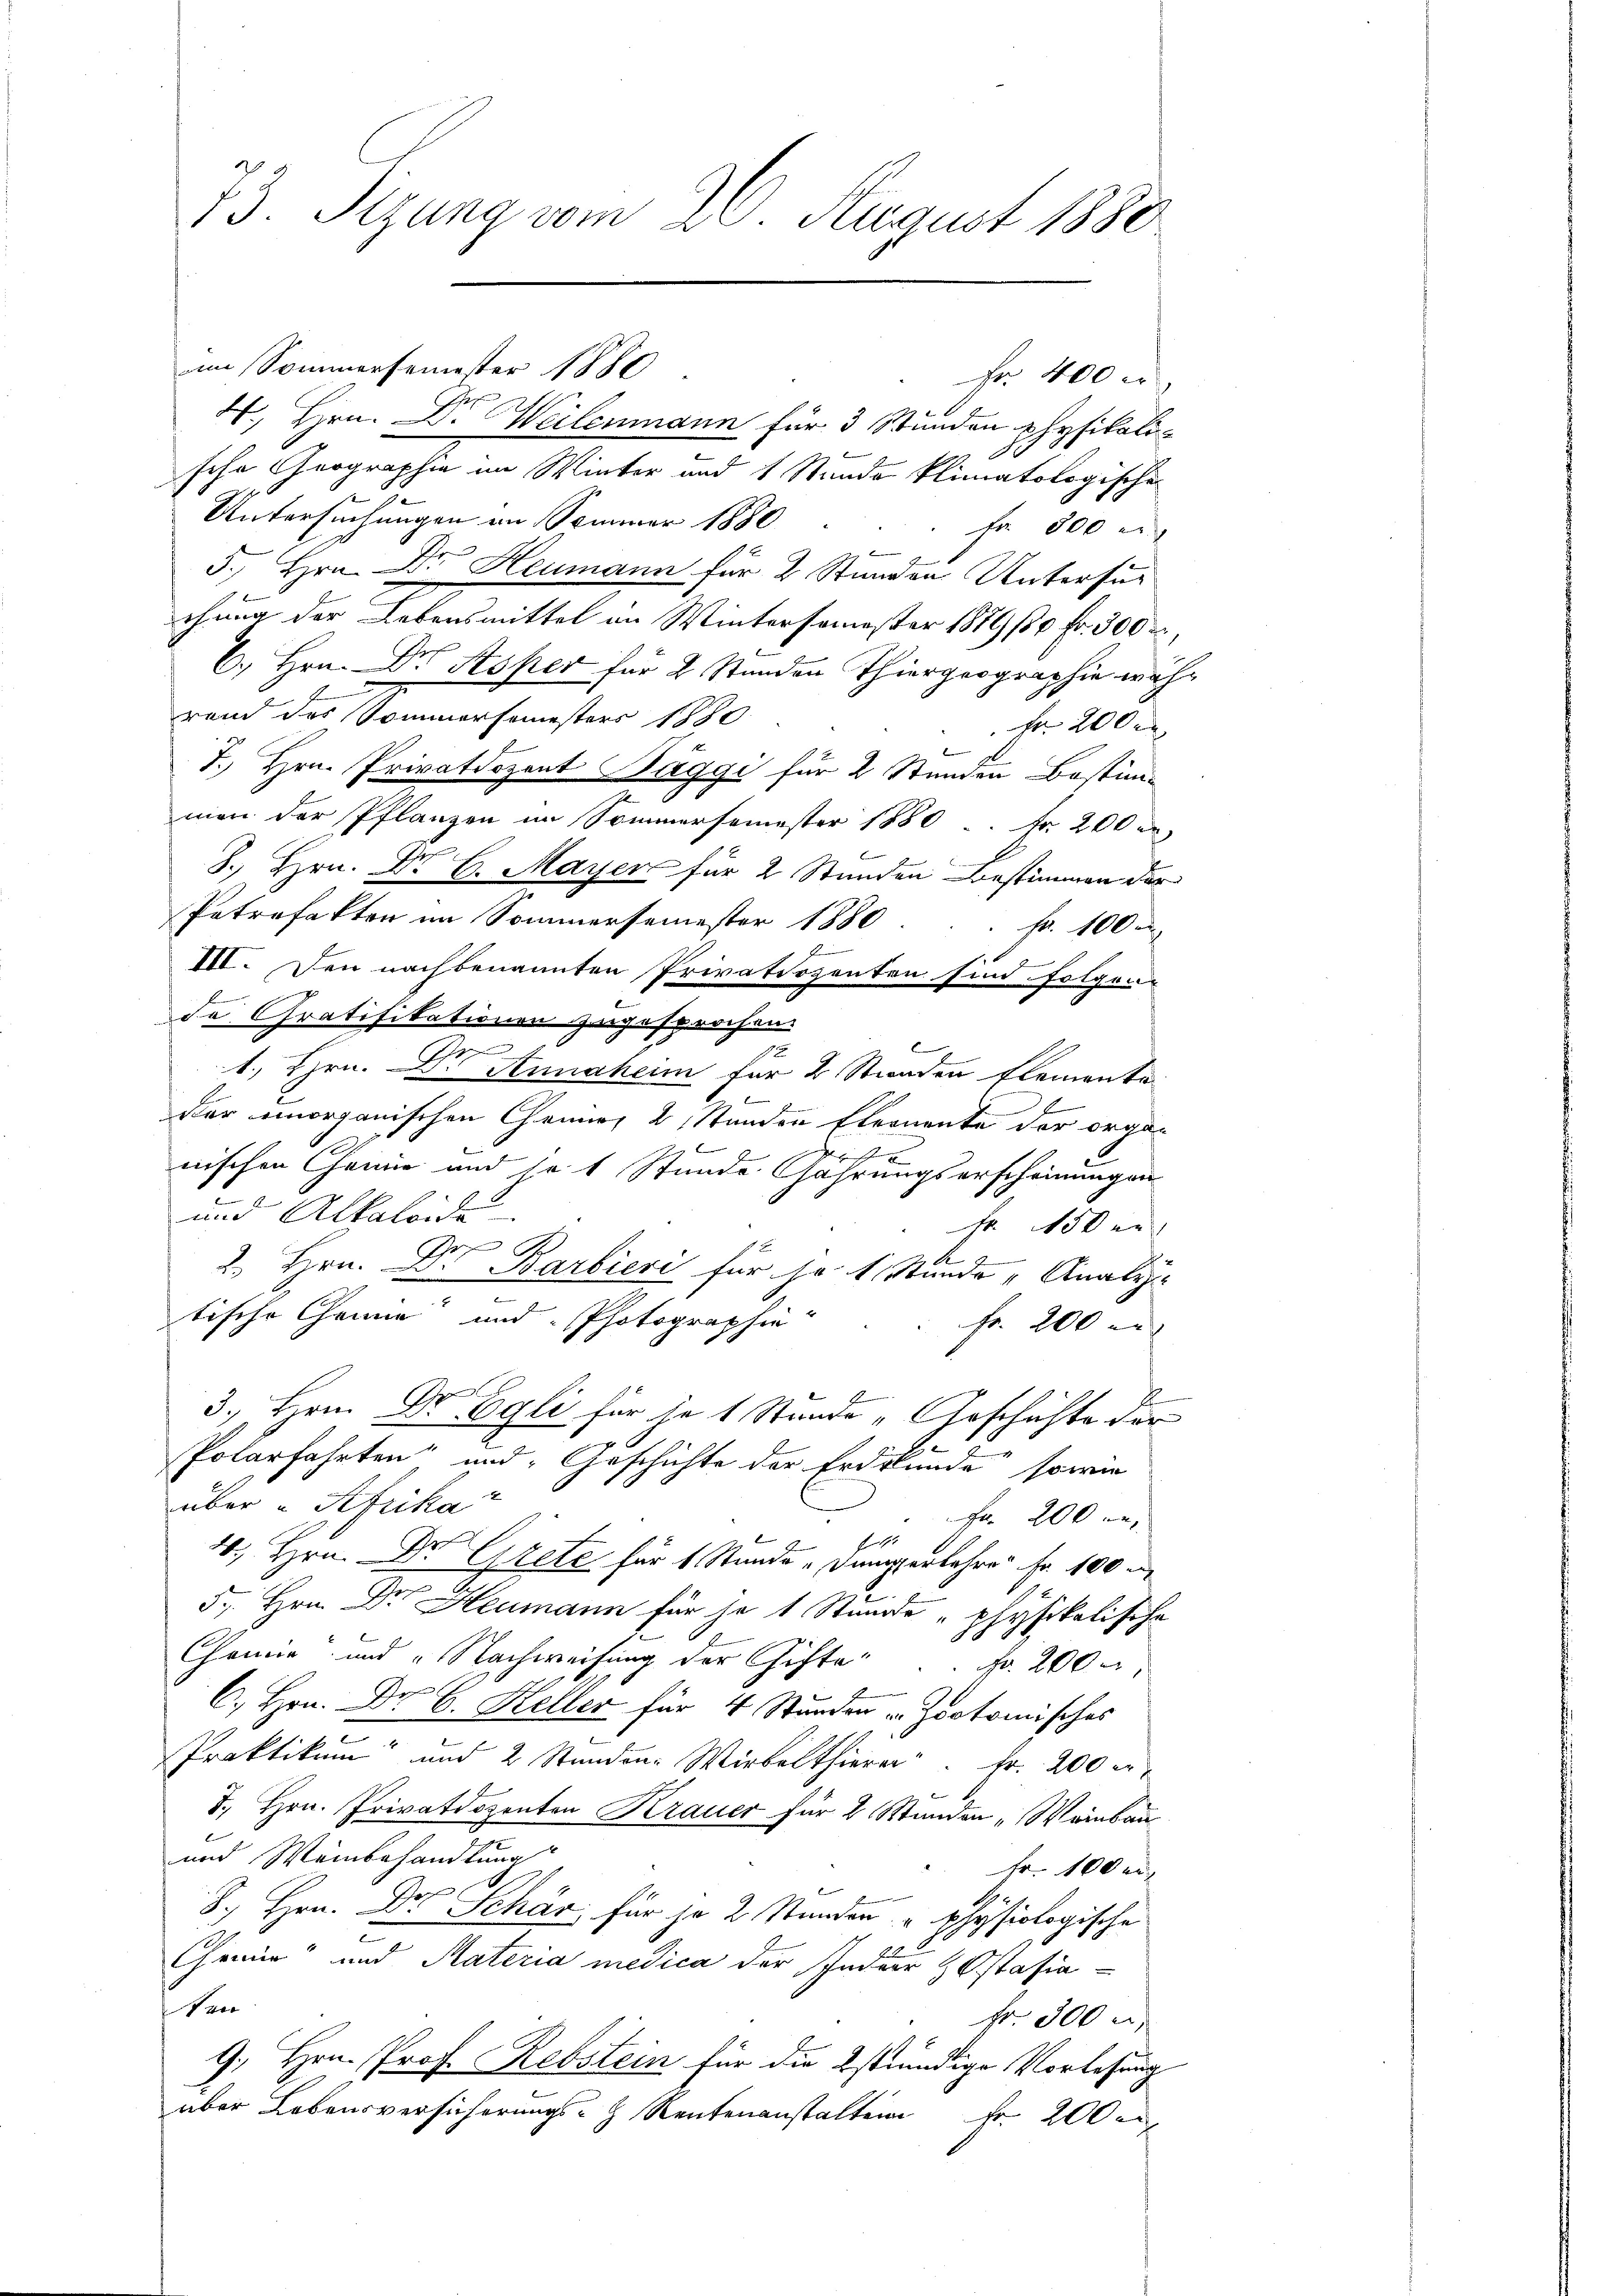
73. Sitzung vom 23. August 1880

Fr. 400 er
H., Hrn. Dr Weilenmann für 3 Stunden physikali¬

sche Geographie im Winter und 1 Stunde klimatologische

Untersuchungen im Sommer 1880
Fr. 500 er
5. Hrn. Dr. Heumann für 2 Stunden Untersuchung der Lebensmittel im Wintersemester 1879/50 fr. 300 r
6., Hrn. Dr Hoser für 2 Stunden Thiergeographie während des Sommersemesters 1880
Fr. 200 r
l
I. Hrn. Privatdozent Saggi für 2 Stunden Bestimmen der Pflanzen im Sommersemester 1880 Fr. 200 er
1
8., Hrn. Dr G. Mayer für 2 Stunden Bestimmen der
Petrofakten im Sommersemester 1880 . . . k. 100
III. Den nachbenannten Privatiosenten sind folgen
f
de Gratifikationen zugesprochen.
b
1
1. Hrn. Dr Annahen für 2 Stiraden Elemente
E
der unorganischen Chenner, 2, Standen Elernente der orga-

nischen Chemie und so 1 Stunde fahrungserscheinungen
und Alkaloide
Fr. 150 er
2. Hrn. Dr Barbieri für so 1 Stunde Analys
tische Channe und Photographie
Fr. 200 er
f
d
3. Bern Dr Egli für je 1 Stunde „Geschichte der
Polarfahrten und Geschichte der Erdkunde“ sowie
über und Afrika
Fr. 200 re
f
J
4. Hrn. Dr. Grete für 1 Stunde „Dampferkehrer Fr. 100 u
.
5. Hrn. Dr Heumann für je 1 Stunde „physikalische
l
Chemie und „Nachweisung der Gichte. Fr. 200
C. Hrn. Dr G. Keller für 4 Stunden v. Zootomisches
.
Praktikum und 2 Stundene Wirbelthierer Fr. 200 er
3., Hrn. Privatdozenten Krauer für 2 Stunden „Weinbau
und Weinbehandlung
Fr. 100 er
d

8., Hrn. Dr. Schär für je 2 Stunden " physiologische
c
d
Chemnie" und Materia medica der Inder Ostasian
fr. 300 u
9., Hrn. Prof. Rebstein für die stündige Vorlesung
aber Lebensversicherungs- Rentenanstalten Fr. 200 e

im Sommersemester 1885